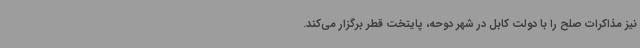
نیز مذاکرات صلح را با دولت کابل در شهر دوحه، پایتخت قطر برگزار می‌کند.